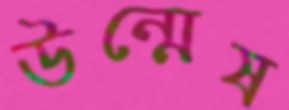
উন্মেষ